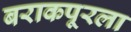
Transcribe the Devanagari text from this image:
बराकपूरला